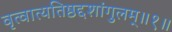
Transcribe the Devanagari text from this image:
वृत्वात्यतिष्ठद्दशांगुलम्॥१॥